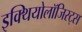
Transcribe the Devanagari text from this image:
इक्थियोलॉजिस्ट्स